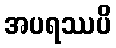
အပရဿပိ